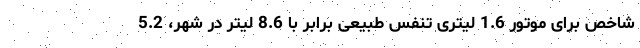
شاخص برای موتور 1.6 لیتری تنفس طبیعی برابر با 8.6 لیتر در شهر، 5.2